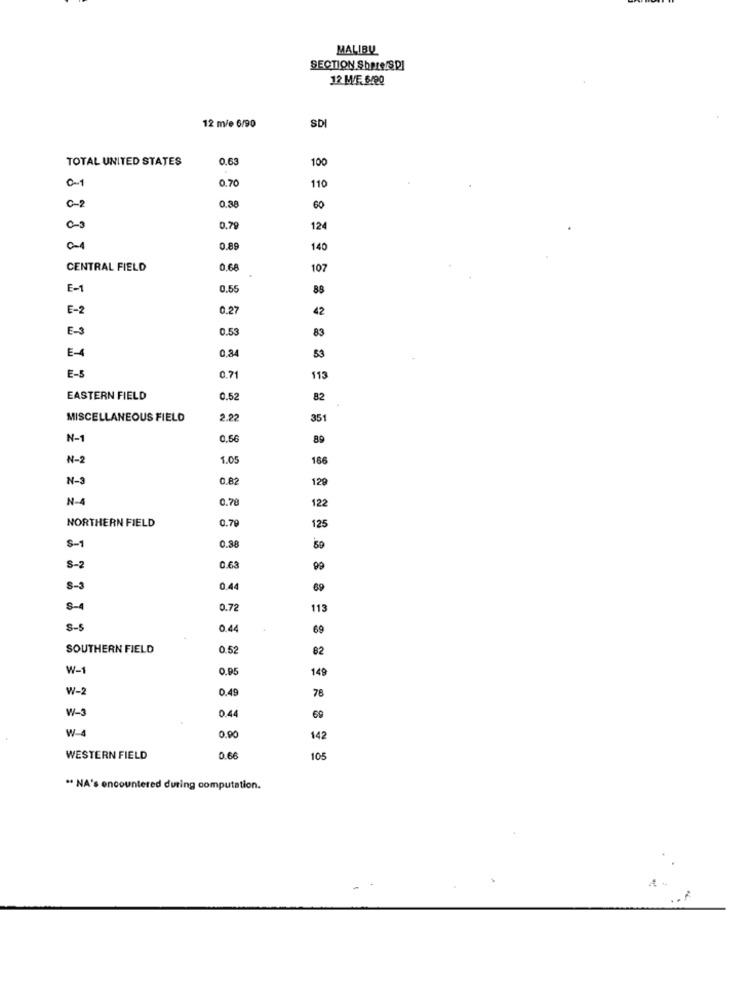
MALIBU
SECTION Share/SPI
12 MT.6/90
SDI
12 m/e 6/90
TOTAL UNITED STATES
0.63
100
0-1
0.70
110
0.30
0-2
60
0.79
124
0-1
0.89
140
CENTRAL FIELD
0.68
107
E-1
0.55
89
E-2
0.27
42
E-3
0.53
83
0,84
E-4
53
E-
0.71
113
EASTERN FIELD
0.52
82
MISCELLANEOUS FIELD
2.22
351
N-1
0.56
89
N-2
1.05
166
N-3
0,82
129
N-4
0.78
122
0.79
125
NORTHERN FIELD
S-1
0.38
S-2
0.63
99
8-3
0.44
69
S-4
0.72
113
S -!
0.44
69
SOUTHERN FIELD
0.52
82
W-
O.95
149
W-2
0.49
78
W-3
0.44
69
W
0.00
142
WESTERN FIELD
0.6
105
" NA's encountered during computation.